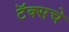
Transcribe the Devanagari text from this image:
टॅक्सचे